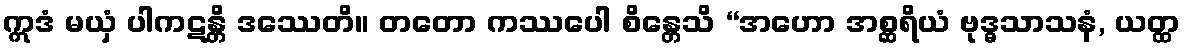
ဣဒံ မယှံ ပါကဋန္တိ ဒဿေတိ။ တတော ကဿပေါ စိန္တေသိ “အဟော အစ္ဆရိယံ ဗုဒ္ဓသာသနံ, ယတ္ထ